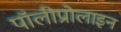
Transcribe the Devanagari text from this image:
पॉलीप्रोलाइन